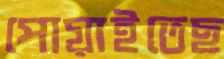
পোয়াইতেছ